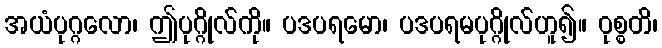
အယံပုဂ္ဂလော၊ ဤပုဂ္ဂိုလ်ကို။ ပဒပရမော၊ ပဒပရမပုဂ္ဂိုလ်ဟူ၍။ ဝုစ္စတိ၊